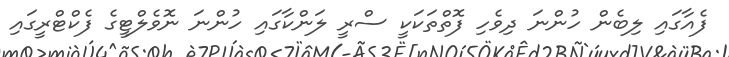
ފެއާގައި ލިބެން ހުންނަ ދިވެހި ފޮތްތަކަކީ ސްރީ ލަންކާގައި ހުންނަ ނޮވެލްޓީގެ ފެކްޓްރީގައި